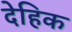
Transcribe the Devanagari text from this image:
देहिक